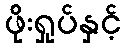
ဖိုးရှုပ်နှင့်